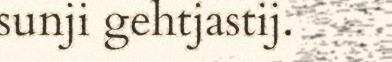
sunji gehtjastij.